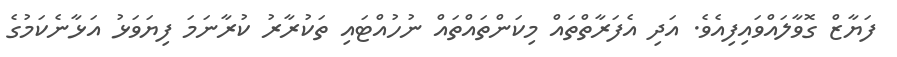
ފަޔާޒް ގޮވާލައްވައިފިއެވެ. އަދި އެފަރާތްތައް މިކަންތައްތައް ނުހުއްޓައި ތަކުރާރު ކުރާނަމަ ފިޔަވަޅު އަޅާނެކަމުގެ